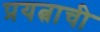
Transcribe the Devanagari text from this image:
प्रयत्नाची